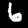
Label: 6